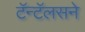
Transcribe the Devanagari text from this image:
टॅन्टॅलसने